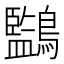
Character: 𪇖